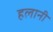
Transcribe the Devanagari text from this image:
हलानी